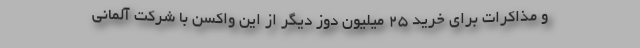
و مذاکرات برای خرید 25 میلیون دوز دیگر از این واکسن با شرکت آلمانی